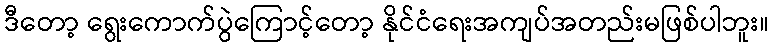
ဒီတော့ ရွေးကောက်ပွဲကြောင့်တော့ နိုင်ငံရေးအကျပ်အတည်းမဖြစ်ပါဘူး။